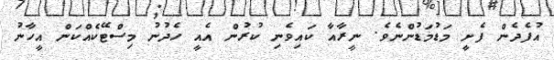
އުފެދެން ފެށީ މަޑުމަޑުންނެވެ. ނީރާއާ ކައިވެނި ކުރުން އެއީ ހެދުނު މިސްޓޭކެއްކަން އީހާނު